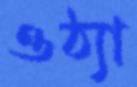
ওঠ্যা